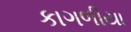
કાગળીયા